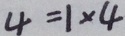
4 = 1 \times 4